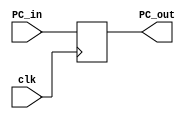
module PC (
    clk, PC_in, PC_out
);

input clk;
input [31:0] PC_in;
output reg [31:0] PC_out;

always@(negedge clk)
begin
    PC_out = PC_in;
end
    
endmodule